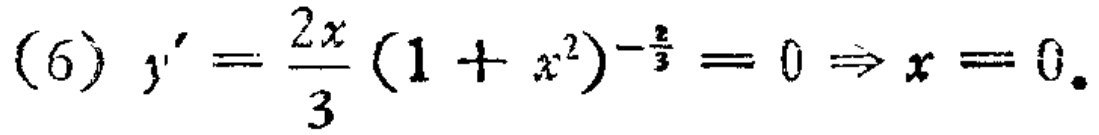
\[(6) y' = \frac{2x}{3}(1 + x^{2})^{-\frac{2}{3}} = 0 \Rightarrow x = 0.\]